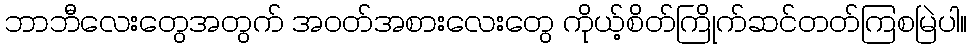
ဘာဘီလေးတွေအတွက် အဝတ်အစားလေးတွေ ကိုယ့်စိတ်ကြိုက်ဆင်တတ်ကြစမြဲပါ။